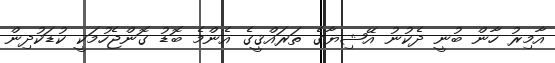
އާމިރު ހާން ބުނީ ދެކުނު އޭޝިޔާގެ ތަރައްޤީގެ އެންމެ ބޮޑު ގޮންޖެހުމަކީ ކުޑަކުދިން